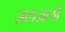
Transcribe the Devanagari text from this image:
ज़लज़लों